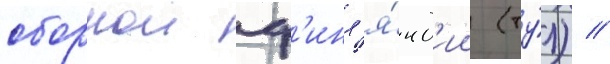
сборнои ф'инл'я́нд'ии (ту́л) //